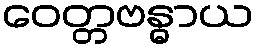
ဝေတ္တဗန္ဓာယ